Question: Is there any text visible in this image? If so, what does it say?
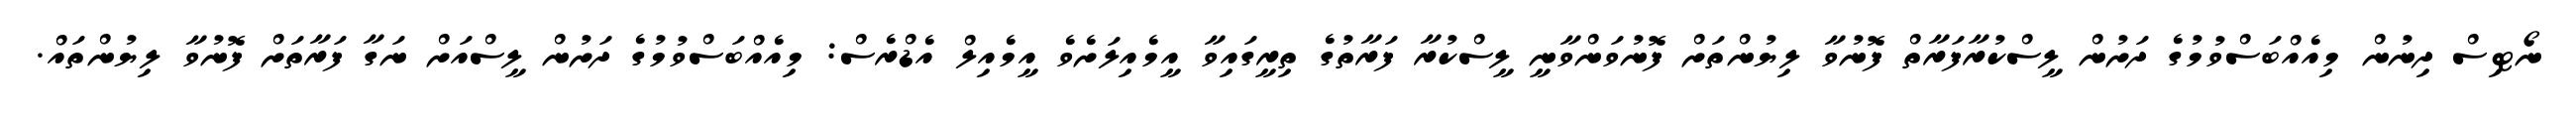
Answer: ނޯޓިސް ދިނުން މިއެއްބަސްވުމުގެ ދަށުން ލީސްކުރާފަރާތް ފޮނުވާ ލިޔުންތަށް ފޮނުވަންވާނީ ލީސްކުރާ ފަރާތުގެ ތިރީގައިވާ އީމެއިލަށެވެ އީމެއިލް އެޑްރެސް: މިއެއްބަސްވުމުގެ ދަށުން ލީސްއަށް ނަގާ ފަރާތަށް ފޮނުވާ ލިޔުންތައް.